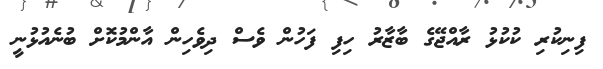
ފިނިކުރި ކުކުޅު ރާއްޖޭގެ ބާޒާރު ހިފި ފަހުން ވެސް ދިވެހިން އާންމުކޮށް ބުނެއުޅުނީ